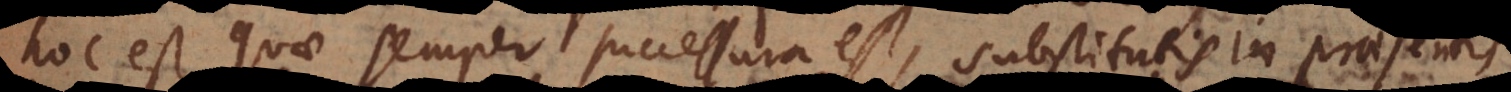
hoc est quae semper successura est, substitutis in praes